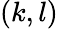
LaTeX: (k,l)